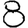
Digit: 8